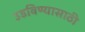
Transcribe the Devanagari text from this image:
उडविण्यासाठी